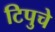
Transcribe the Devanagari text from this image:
टिपुचे